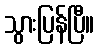
သွားပြန်ပြီ။